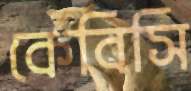
কেবিসি